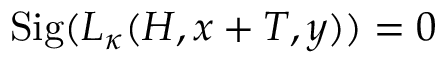
\mathrm { S i g } ( L _ { \kappa } ( H , x + T , y ) ) = 0